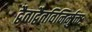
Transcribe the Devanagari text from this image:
द्वैताद्वैतविनिर्मुक्तः